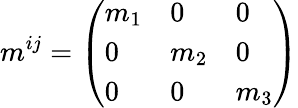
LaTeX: m^{ij}=\left(\begin{array}{lll}{m_{1}}&{0}&{0}\\ {0}&{m_{2}}&{0}\\ {0}&{0}&{m_{3}}\end{array}\right)